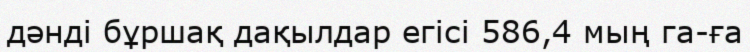
дәнді бұршақ дақылдар егісі 586,4 мың га-ға